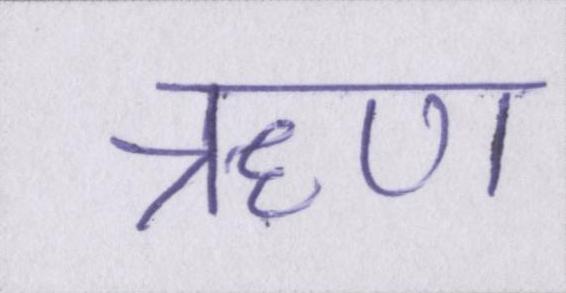
ॠण